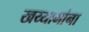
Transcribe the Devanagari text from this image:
खय्यामांना